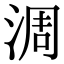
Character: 淍